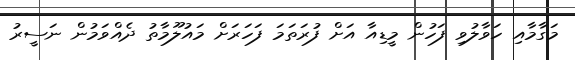
މަގާމާއި ހަވާލުވި ފަހުން މީޑިއާ އަށް ފުރަތަމަ ފަހަރަށް މައުލޫމާތު ދެއްވަމުން ނަސީރު